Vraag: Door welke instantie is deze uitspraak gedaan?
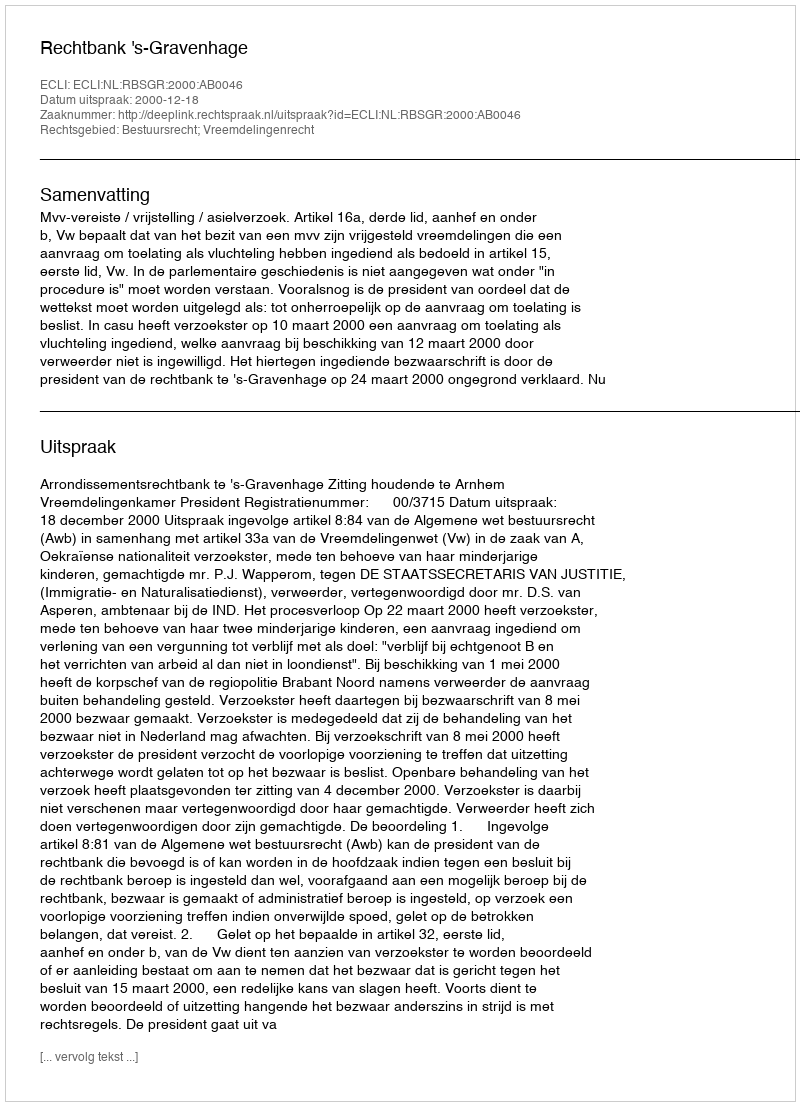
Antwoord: Rechtbank 's-Gravenhage